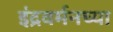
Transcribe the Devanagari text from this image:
इंद्रवर्मनच्या